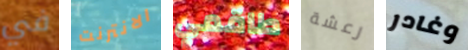
في الانترنت طاقمي رعشة وغادر